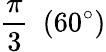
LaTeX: {\frac{\pi}{3}}\ \ (60^{\circ})